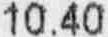
10.40